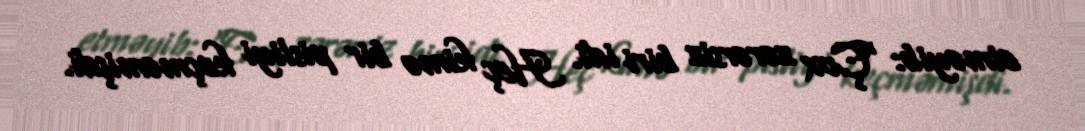
etməyib: “Çox zərərsiz biri idi. Heç kimə bir pisliyi keçməmişdi.